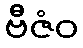
ဗီဇံဝ